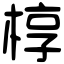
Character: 椁